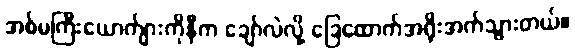
အစ်မကြီးယောက်ျားကိုနီက ချော်လဲလို့ ခြေထောက်အရိုးအက်သွားတယ်။